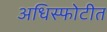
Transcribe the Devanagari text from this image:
अधिस्फोटीत